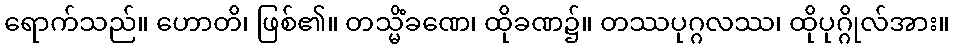
ရောက်သည်။ ဟောတိ၊ ဖြစ်၏။ တသ္မိံခဏေ၊ ထိုခဏ၌။ တဿပုဂ္ဂလဿ၊ ထိုပုဂ္ဂိုလ်အား။